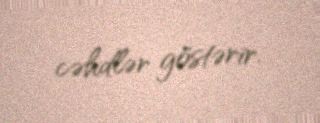
cəhdlər göstərir.